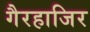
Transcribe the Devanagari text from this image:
गैरहाजिर